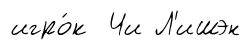
игро́к Чи Л'ишэн